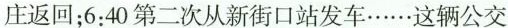
庄返回；6:40第二次从新街口站发车……这辆公交